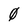
Character: 0